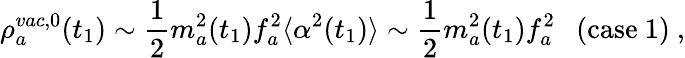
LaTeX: \rho_{a}^{vac,0}(t_{1})\sim{\frac{1}{2}}m_{a}^{2}(t_{1})f_{a}^{2}\langle\alpha^{2}(t_{1})\rangle\sim{\frac{1}{2}}m_{a}^{2}(t_{1})f_{a}^{2}~~~\mathrm{(case~1)}\ ,